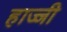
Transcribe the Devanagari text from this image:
हाज्जी